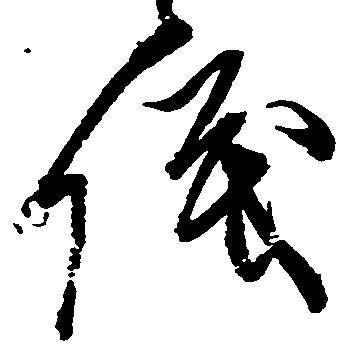
儀